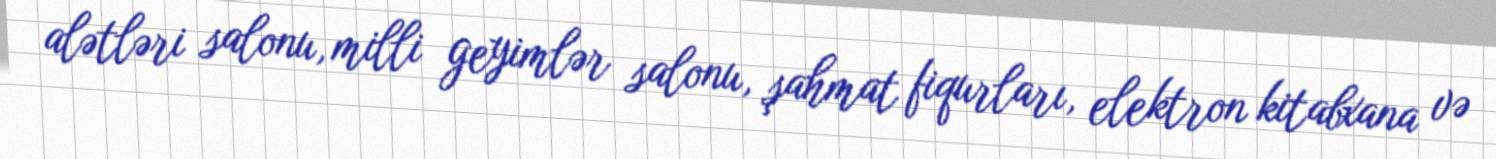
alətləri salonu, milli geyimlər salonu, şahmat fiqurları, elektron kitabxana və